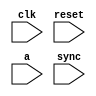
module reader( 
	       input wire 	clk,
	       input wire 	reset,
	       input wire [7:0] a,
	       input wire 	sync);
   
   localparam S0 = 0, S1 = 1;
   
   reg [1:0] 			state, state_next;
   reg [7:0] 			r, r_next;
   
   always @(posedge clk, posedge reset)
     if (reset)
       begin
	  r <= 8'b0;
	  state <= S0;
       end
     else
       begin
	  r <= r_next;
	  state <= state_next;
       end
   
   always @(*)
     begin
	state_next = state;
	
	case (state)
	  S0:
	    if (sync)
	      begin
		 r_next = a;
		 state_next = S1;
	      end
	  
	  S1:
	    if (!sync)
	      begin
		 state_next = S0;
	      end
	  
	  default:
	    state_next = S0;

	endcase
	
     end
   
endmodule